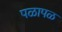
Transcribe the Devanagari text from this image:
पळापळ